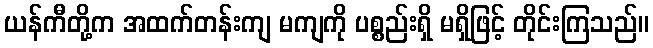
ယန်ကီတို့က အထက်တန်းကျ မကျကို ပစ္စည်းရှိ မရှိဖြင့် တိုင်းကြသည်။